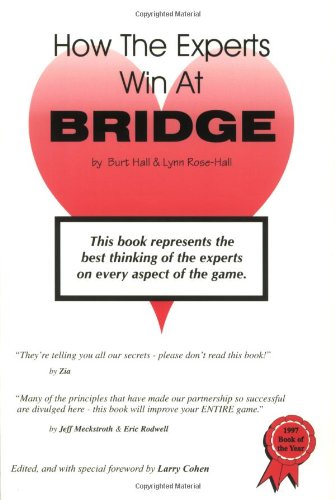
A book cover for How the Experts Win at Bridge; Larry Cohen; Humor & Entertainment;